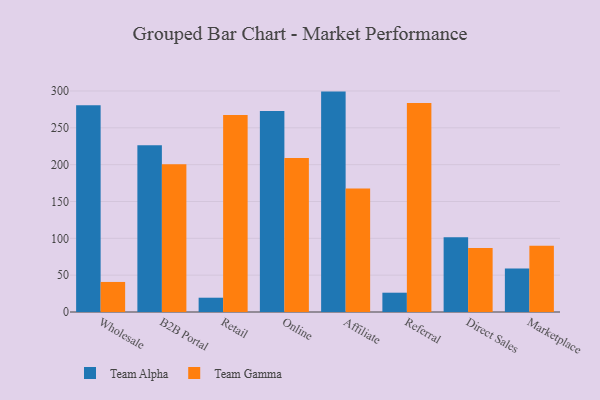
{"axis": {"x": "Channel", "y": "Production Output"}, "legend": ["Team Alpha", "Team Gamma"], "data": [{"x": "Wholesale", "y": 280.5, "type": "Team Alpha"}, {"x": "Wholesale", "y": 40.8, "type": "Team Gamma"}, {"x": "B2B Portal", "y": 226.3, "type": "Team Alpha"}, {"x": "B2B Portal", "y": 200.6, "type": "Team Gamma"}, {"x": "Retail", "y": 19.4, "type": "Team Alpha"}, {"x": "Retail", "y": 267.6, "type": "Team Gamma"}, {"x": "Online", "y": 272.7, "type": "Team Alpha"}, {"x": "Online", "y": 208.9, "type": "Team Gamma"}, {"x": "Affiliate", "y": 299.2, "type": "Team Alpha"}, {"x": "Affiliate", "y": 167.7, "type": "Team Gamma"}, {"x": "Referral", "y": 26.2, "type": "Team Alpha"}, {"x": "Referral", "y": 283.7, "type": "Team Gamma"}, {"x": "Direct Sales", "y": 101.5, "type": "Team Alpha"}, {"x": "Direct Sales", "y": 87.0, "type": "Team Gamma"}, {"x": "Marketplace", "y": 59.2, "type": "Team Alpha"}, {"x": "Marketplace", "y": 90.0, "type": "Team Gamma"}]}